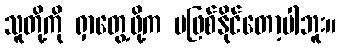
သူတို့ကို ရှာတွေ့ဖို့က မဖြစ်နိုင်တော့ပါဘူး။